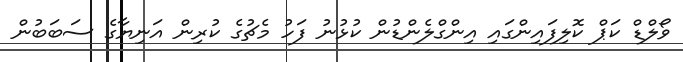
ވޯލްޑް ކަޕް ކޮލިފައިންގައި އިންގްލެންޑުން ކުޅުނު ފަހު މެޗުގެ ކުރިން އަނިޔާގެ ސަބަބުން